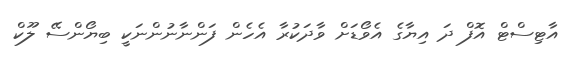
އާޓިސްޓް އޮފް ދަ އިޔާގެ އެވޯޑަށް ވާދަކުރާ އެހެން ފަންނާނުންނަކީ ބިޔޯންސޭ ލޫކް